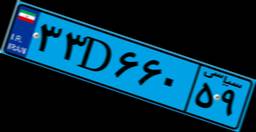
۳۳D۶۶۰۵۹